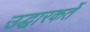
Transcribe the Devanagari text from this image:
उद्धारकर्ते